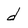
Character: d